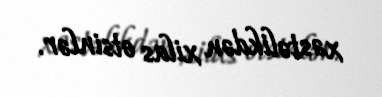
xəstəlikdən xilas etsinlər.